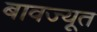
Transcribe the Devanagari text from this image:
बावज्यूत